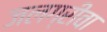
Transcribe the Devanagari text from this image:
जलग्रीवा